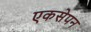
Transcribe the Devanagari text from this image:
एकसेपन